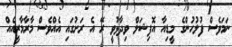
ނަމަވެސް ފުލުހުންގެ މީޑިއާ އޮފިޝަލް ވިދާޅުވީ ރޭ އެ ރަށުގައި އެއްވެސް މާރާމާރީއެއް